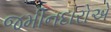
જમીનદારોએ